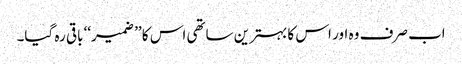
اب صرف وہ اور اس کا بہترین ساتھی اس کا ’’ ضمیر‘‘ باقی رہ گیا۔